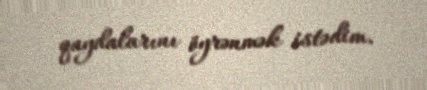
qaydalarını öyrənmək istədim.